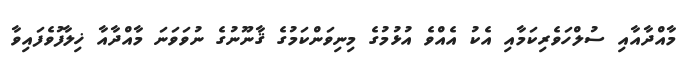
މާއްދާއާއި ސުލްހަވެރިކަމާއި އެކު އެއްވެ އުޅުމުގެ މިނިވަންކަމުގެ ޤާނޫނުގެ ނުވަވަނަ މާއްދާއާ ޚިލާފުވެފައިވާ